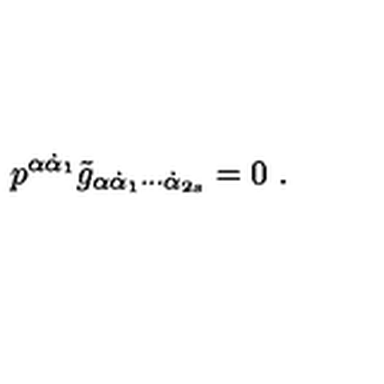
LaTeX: p ^ { \alpha \dot { \alpha } _ { 1 } } \tilde { g } _ { \alpha \dot { \alpha } _ { 1 } \cdots \dot { \alpha } _ { 2 s } } = 0 \ .